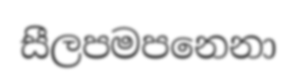
සීලපමපනෙනා